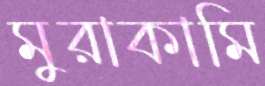
মুরাকামি